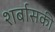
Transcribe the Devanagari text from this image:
शर्बासकी